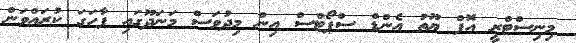
މިނިސްޓްރީ އޮފް ޔޫތު އެންޑް ސްޕޯޓްސް އިން މިދުވަސް މަނަދޫގައި ފާހަގަ ކުރައްވަން